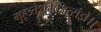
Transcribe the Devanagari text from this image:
मुहूत्र्तेऽभिजित्संज्ञे।।